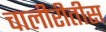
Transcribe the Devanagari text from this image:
चालीरीतीस